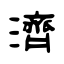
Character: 濟